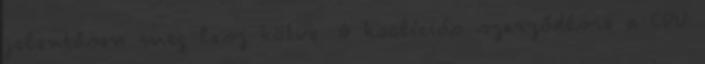
jelentősen meg lesz kötve. A koalíciós szerződésre a CDU